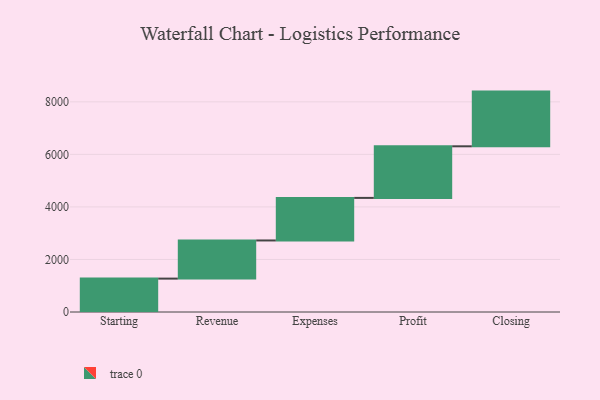
{"axis": {"x": "Step", "y": "Value"}, "legend": [""], "data": [{"x": "Starting", "y": 1271.0, "type": ""}, {"x": "Revenue", "y": 1452.0, "type": ""}, {"x": "Expenses", "y": 1620.0, "type": ""}, {"x": "Profit", "y": 1964.0, "type": ""}, {"x": "Closing", "y": 2082.0, "type": ""}]}